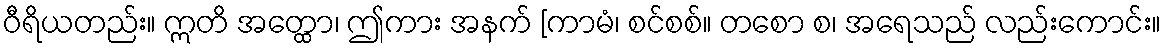
ဝီရိယတည်း။ ဣတိ အတ္ထော၊ ဤကား အနက် [ကာမံ၊ စင်စစ်။ တစော စ၊ အရေသည် လည်းကောင်း။